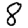
Digit: 8